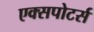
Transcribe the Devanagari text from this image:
एक्सपोटर्स